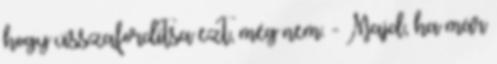
hogy visszafordítsa ezt, még nem. - Majd, ha már